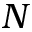
N